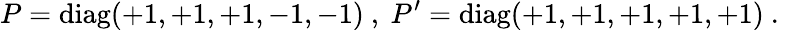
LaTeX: P=\mathrm{diag}(+1,+1,+1,-1,-1)~,~P^{\prime}=\mathrm{diag}(+1,+1,+1,+1,+1)~.~\,